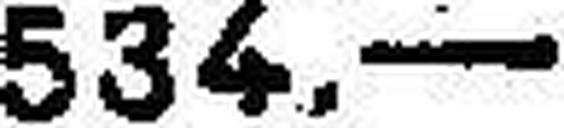
534.—